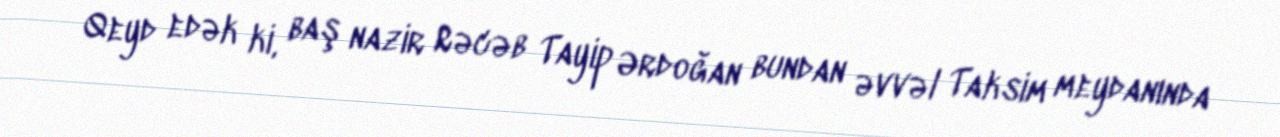
Qeyd edək ki, baş nazir Rəcəb Tayip Ərdoğan bundan əvvəl Taksim meydanında